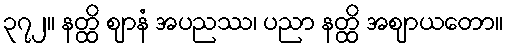
၃၇၂။ နတ္ထိ ဈာနံ အပညဿ၊ ပညာ နတ္ထိ အဈာယတော။